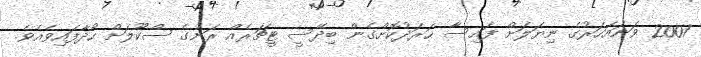
2007 ވަނައަހަރުގެ ނިޔަލަށް ފައިސާ ޙަރަދުކޮށްގެން ބިދޭސީ ޓީޗަރެއް ރަށުގެ ސްކޫލަށް ހޯދާފައިވެއެވެ.